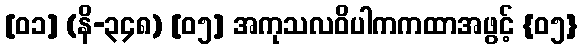
[၀၁] (နိ-၃၄၈) [၀၅] အကုသလဝိပါကကထာအဖွင့် {၀၅}